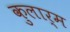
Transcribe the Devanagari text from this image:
कुलार्म